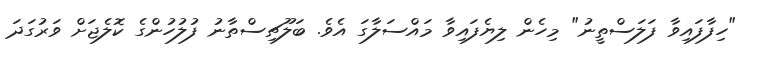
"ހިފާފައިވާ ފަލަސްތީނު" މިހެން ލިޔެފައިވާ މައްސަލާގަ އެވެ. ބަލޫޗިސްތާނު ފުލުހުންގެ ކޮލެޖަށް ވަރުގަދަ